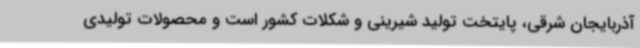
آذربایجان شرقی، پایتخت تولید شیرینی و شکلات کشور است و محصولات تولیدی